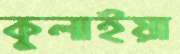
কুলাইয়া